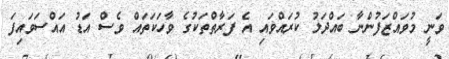
ވަނީ މުވައްޒަފުންނާ ބައްދަލު ކުރައްވައި އެ ފަރާތްތަކުގެ ވާހަކަތައް ވެސް އަޑު އައްސަވައިފަ